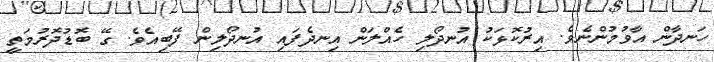
ހަނދާން އާވުމުންނެވެ. އިރުކޮޅަކު އުނދޯލި ހެއްލަން އިނދެފައި އުނދޯލިން ފޭބިއެވެ. ގޭ ބޮޑުދޮރުމަތީ